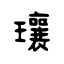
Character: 瓖